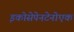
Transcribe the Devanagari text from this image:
इकोसेपेनटेनोएक